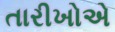
તારીખોએ